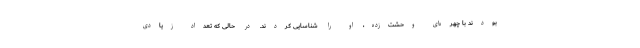
بودند با چهره‌ای وحشت‌زده، او را شناسایی کردند. در حالی که تعداد زیادی